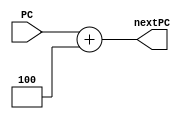
`timescale 1ns / 1ps
//////////////////////////////////////////////////////////////////////////////////
// Company: 
// Engineer: 
// 
// Design Name: 
// Module Name: adder
// Project Name: 
// Target Devices: 
// Tool Versions: 
// Description: 
// 
// Dependencies: 
// 
// Revision:
// Revision 0.01 - File Created
// Additional Comments:
// 
//////////////////////////////////////////////////////////////////////////////////


module adder(input [31:0] PC, output reg [31:0] nextPC);
    always @(*) begin
        nextPC <= PC + 32'b0100;
    end
endmodule